Report on sanitation, dispensaries, and jails in Rajputana for 1914, and on vaccination for the year 1914-1915 - 1914-1915
Year: 1914
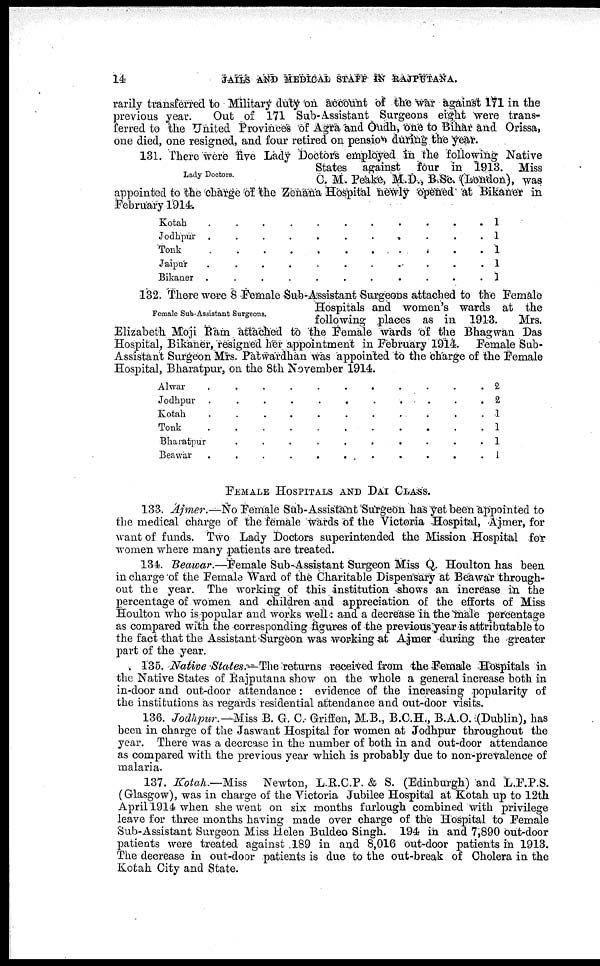
14
JAILS AND MEDICAL STAFF IN RAJPUTANA.
rarily transferred to Military duty on account of the war against 171 in the
previous year.
Out of 171 Sub-Assistant Surgeons eight were trans-
ferred to the United Provinces of Agra and Oudh, one to Bihar and Orissa,
one died, one resigned, and four retired on pension during the year.
Lady Doctors
131. There were five Lady Doctors employed in the following Native
States against four in 1913. Miss
C. M. Peake, M.D., B.Sc. (London), was
appointed to the charge of the Zenana Hospital newly opened at Bikaner in
February 1914.
Kotah. . . . . . . . . . .
Jodhpur .
.
.
.
.
.
.
.
.
.
.
Tonk . . . . . . . . . . .
Jaipur . . . . . . . . . . .
Bikaner .
.
.
.
.
.
.
.
.
.
.
1
1
1
1
1
Female Sub-Assistant Surgeons.
132. There were 8 Female Sub-Assistant Surgeons attached to the Female
Hospitals and women's wards at the
following places as in 1913.
Mrs.
Elizabeth Moji Ram attached to the Female wards of the Bhagwan Das
Hospital, Bikaner, resigned her appointment in February 1914. Female Sub¬
Assistant Surgeon Mrs. Patwardhan was appointed to the charge of the Female
Hospital, Bharatpur, on the 8th November 1914.
Alwar
.
.
.
.
.
.
.
.
.
.
Jodhpur .
.
.
.
.
.
.
.
.
.
.
Kotah
.
.
.
.
.
.
.
.
.
.
.
Tonk
.
.
.
.
.
.
.
.
.
.
Bharatpur
.
.
.
.
.
.
.
.
.
.
Beawar
.
.
.
.
.
. . .
2
2
1
1
1
1
FEMALE HOSPITALS AND DAI CLASS.
133. Ajmer.—No Female Sub-Assistant Surgeon has yet been appointed to
the medical charge of the female wards of the Victoria Hospital, Ajmer, for
want of funds. Two Lady Doctors superintended the Mission Hospital for
women where many patients are treated.
134. Beawar.—Female Sub-Assistant Surgeon Miss Q. Houlton has been
in charge of the Female Ward of the Charitable Dispensary at Beawar through-
out the year. The working of this institution shows an increase in the
percentage of women and children and appreciation of the efforts of Miss
Houlton who is popular and works well: and a decrease in the male percentage
as compared with the corresponding figures of the previous year is attributable to
the fact that the Assistant Surgeon was working at Ajmer during the greater
part of the year.
135. Native States.—The returns received from the Female Hospitals in
the Native States of Rajputana show on the whole a general increase both in
in-door and out-door attendance : evidence of the increasing popularity of
the institutions as regards residential attendance and out-door visits.
136. Jodhpur —Miss B. G. C. Griften, M.B., B.C.H., B.A.O. (Dublin), has
been in charge of the Jaswant Hospital for women at Jodhpur throughout the
year. There was a decrease in the number of both in and out-door attendance
as compared with the previous year which is probably due to non-prevalence of
malaria.
137. Kotah.—Miss
Newton, L.R.C.P. & S. (Edinburgh) and L.F.P.S.
(Glasgow), was in charge of the Victoria Jubilee Hospital at Kotah up to 12th
April 1914 when she went on six months furlough combined with privilege
leave for three months having made over charge of the Hospital to Female
Sub-Assistant Surgeon Miss Helen Buldeo Singh. 194 in and 7,890 out-door
patients were treated against 189 in and 8,016 out-door patients in 1913.
The decrease in out-door patients is due to the out-break of Cholera in the
Kotah City and State.